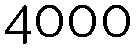
4000